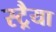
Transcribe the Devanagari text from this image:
स्ट्रैया